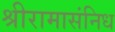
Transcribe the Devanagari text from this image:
श्रीरामासंनिध